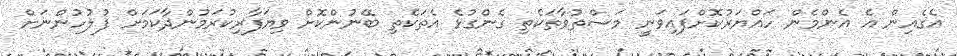
އެގެއިން އެ އެންމެން ހައްޔަރުކޮށްފައިވަނީ މަސްތުވާތަކެތި ގެންގުޅެ އެތަކެތި ބޭނުންކޮށް ވިޔަފާރިކުރަމުންދާކަމަށް ފުލުހުންނަށް